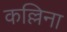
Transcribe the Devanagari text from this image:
कल्लिना